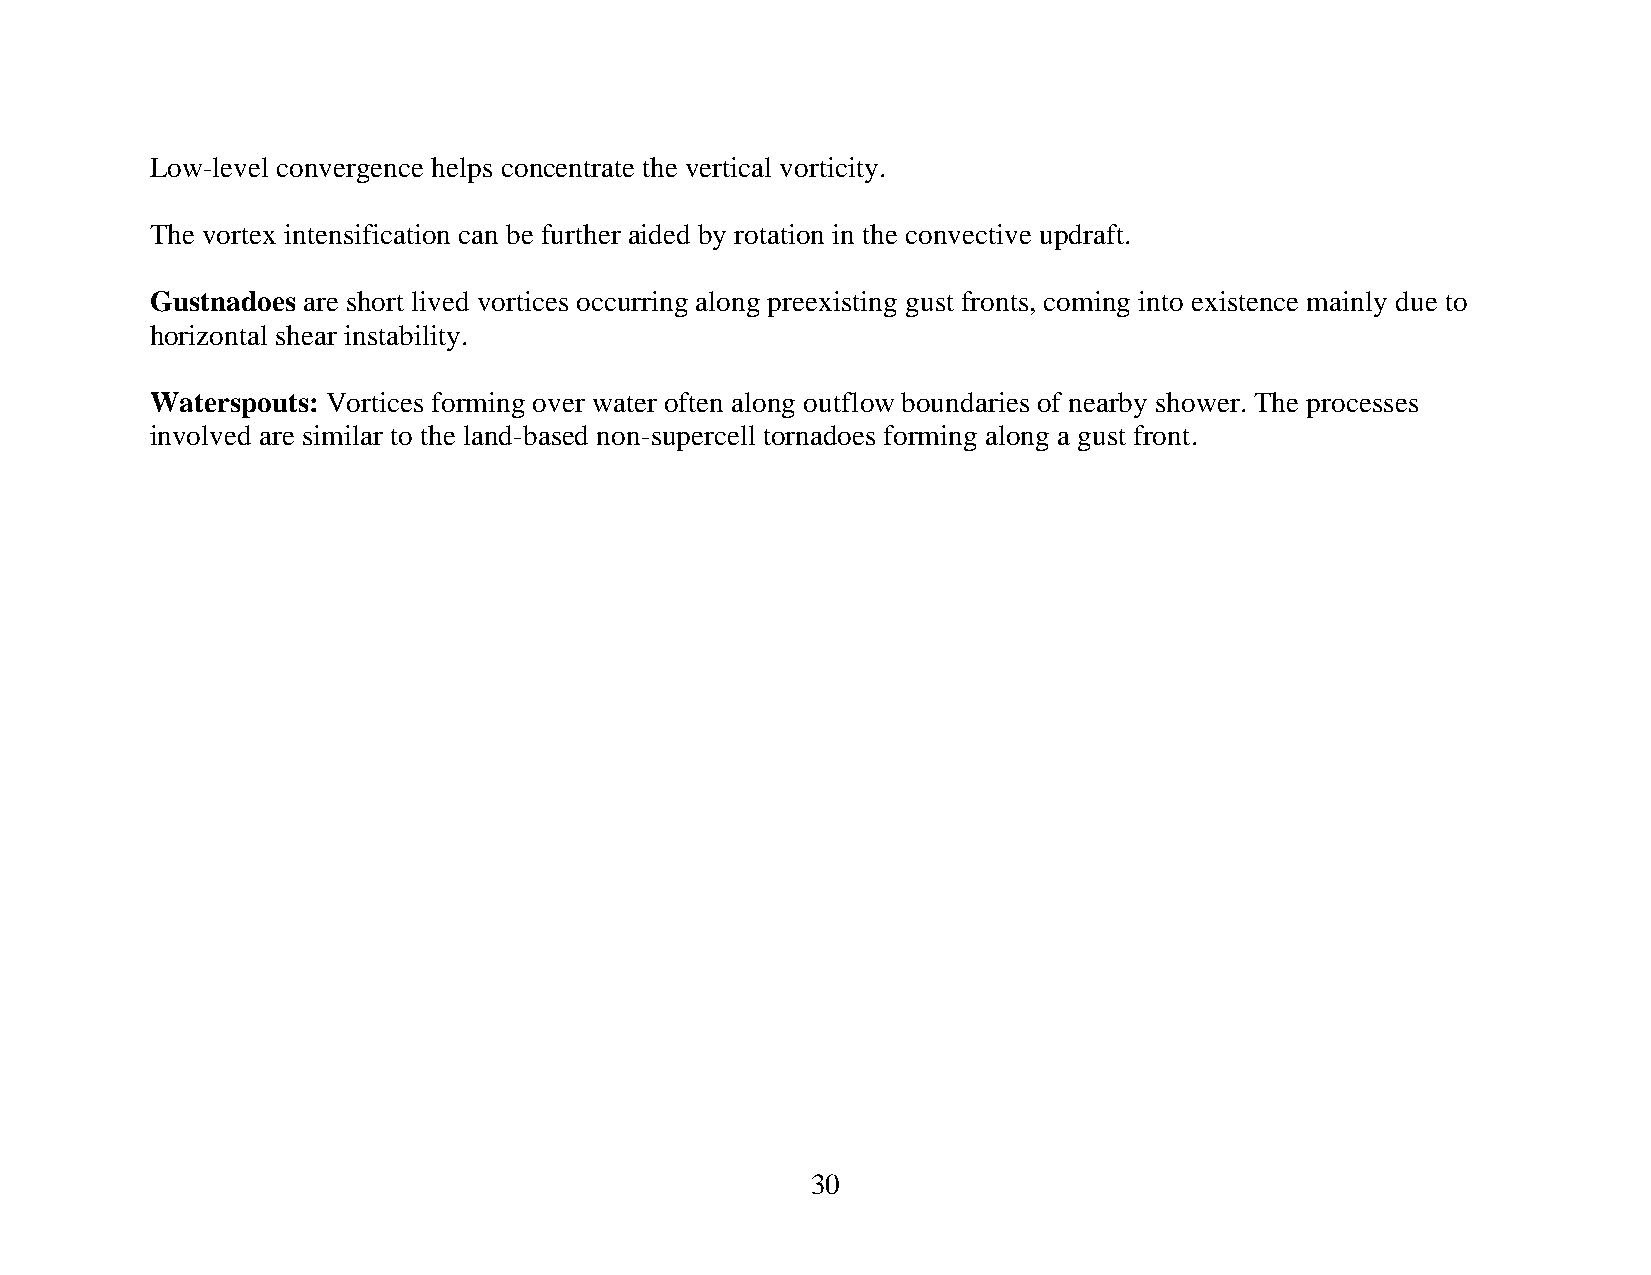
Low-level convergence helps concentrate the vertical vorticity.
 The vortex intensification can be further aided by rotation in the convective updraft.
 Gustnadoes are short lived vortices occurring along preexisting gust fronts, coming into existence mainly due to
 horizontal shear instability.
 Waterspouts: Vortices forming over water often along outflow boundaries of nearby shower. The processes
 involved are similar to the land-based non-supercell tornadoes forming along a gust front.
 30